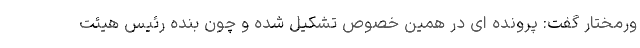
ورمختار گفت: پرونده ای در همین خصوص تشکیل شده و چون بنده رئیس هیئت